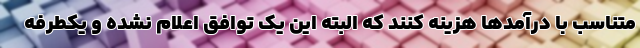
متناسب با درآمدها هزینه کنند که البته این یک توافق اعلام نشده و یکطرفه